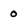
Character: 0